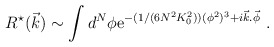
\begin{align*}R^{\star}(\vec{k})\sim \int d^N\phi {\rm e}^{-(1/(6N^2K_0^2))(\phi^2)^3+i\vec{k}.\vec{\phi}}\ .\end{align*}